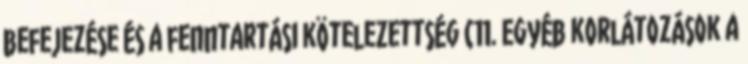
befejezése és a fenntartási kötelezettség C11. Egyéb korlátozások a